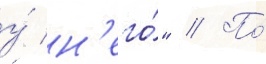
у́ н'его́" // По́